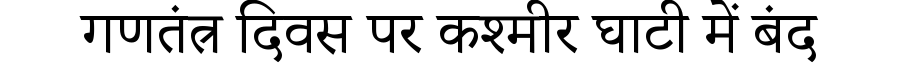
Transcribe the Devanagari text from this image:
गणतंत्र दिवस पर कश्मीर घाटी में बंद